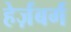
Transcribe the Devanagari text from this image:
हेर्ज़बर्ग